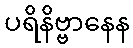
ပရိနိဗ္ဗာနေန